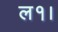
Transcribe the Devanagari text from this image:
ल१।